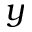
y